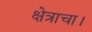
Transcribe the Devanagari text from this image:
क्षेत्राचा।